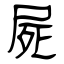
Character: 屍